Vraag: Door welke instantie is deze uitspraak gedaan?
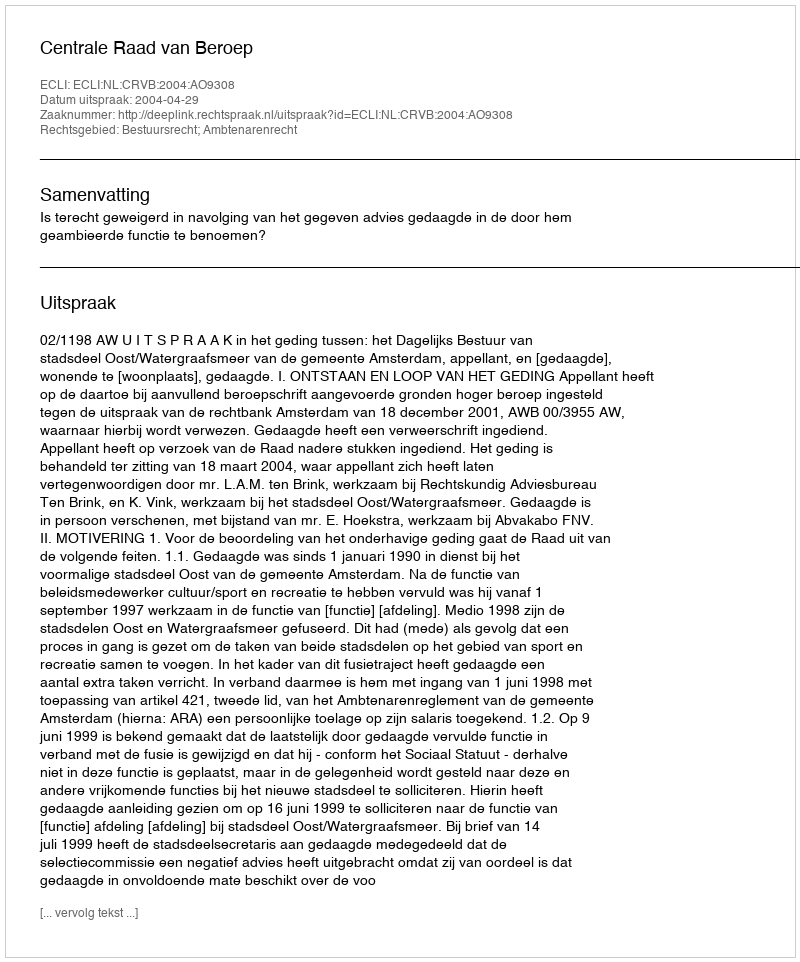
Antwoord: Centrale Raad van Beroep